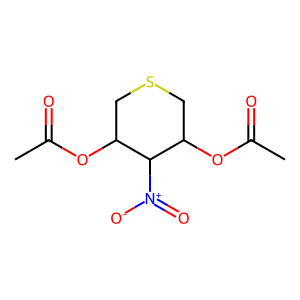
SMILES: CC(=O)OC1CSCC(OC(C)=O)C1[N+](=O)[O-]
Inhibits HIV replication: No